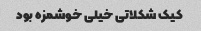
کیک شکلاتی خیلی خوشمزه بود